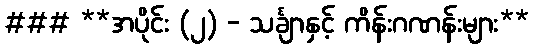
### **အပိုင်း (၂) - သင်္ချာနှင့် ကိန်းဂဏန်းများ**